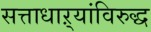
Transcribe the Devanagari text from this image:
सत्ताधाऱ्यांविरुद्ध